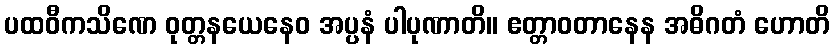
ပထဝီကသိဏေ ဝုတ္တနယေနေဝ အပ္ပနံ ပါပုဏာတိ။ ဧတ္တာဝတာနေန အဓိဂတံ ဟောတိ